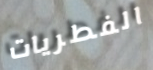
الفطريات